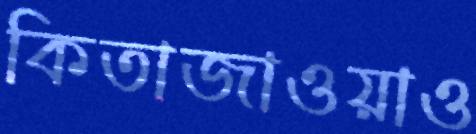
কিতাজাওয়াও